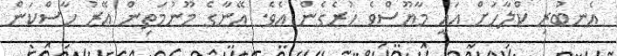
އެނބުރި ކްލާހަށް އައީ މާޔޫސްވެ ހުރެގެން އެވެ. އޭނާގެ މޫނުމަތިން އޭރު ހާސްކަން